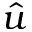
\hat { u }